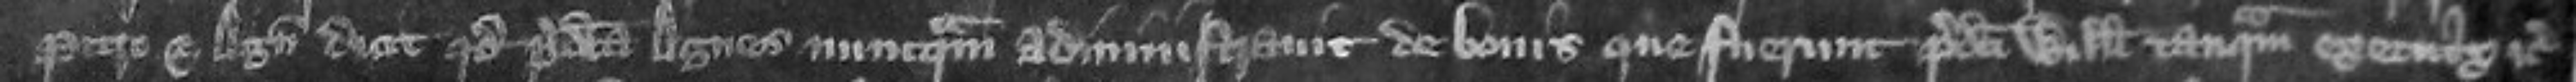
Petro et Agnete dicit quod predicta Agnes nunquam administravit de bonis que fuerunt predicti Willelmi tanquam executrix etc